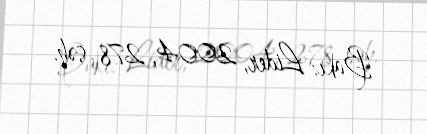
Bakı: Lider, 2004, 278 səh.